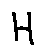
H